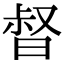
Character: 𣈉